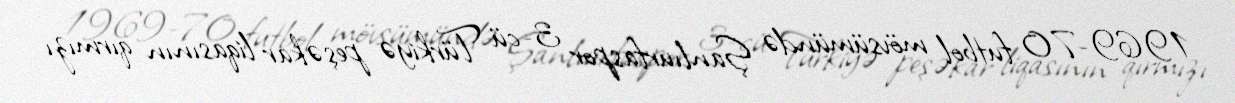
1969-70 futbol mövsümündə Şanlıurfaspor 3-cü Türkiyə peşəkar liqasının qırmızı